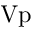
\mathrm { V p }